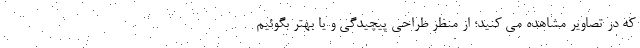
که در تصاویر مشاهده می کنید؛ از منظر طراحی پیچیدگی و یا بهتر بگوئیم